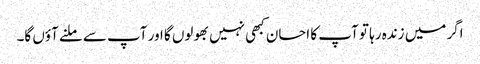
اگر میں زندہ رہا تو آپ کا احسان کبھی نہیں بھولوں گا اور آپ سے ملنے آؤں گا۔